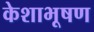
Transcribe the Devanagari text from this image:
केशाभूषण